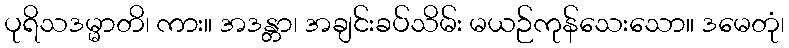
ပုရိသဒမ္မာတိ၊ ကား။ အဒန္တာ၊ အချင်းခပ်သိမ်း မယဉ်ကုန်သေးသော။ ဒမေတုံ၊